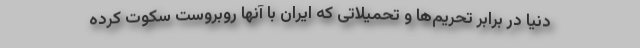
دنیا در برابر تحریم‌ها و تحمیلاتی که ایران با آنها روبروست سکوت کرده